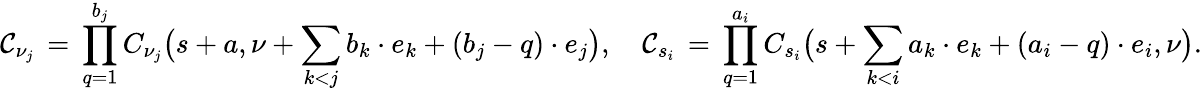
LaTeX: {\cal C}_{\nu_{j}}\, =\, \prod_{q=1}^{b_{j}}C_{\nu_{j}}\big(s+a,\nu+\sum_{k<j}b_{k}\cdot e_{k}+(b_{j}-q)\cdot e_{j}\big),\quad{\cal C}_{s_{i}}\, =\, \prod_{q=1}^{a_{i}}C_{s_{i}}\big(s+\sum_{k<i}a_{k}\cdot e_{k}+(a_{i}-q)\cdot e_{i},\nu\big).